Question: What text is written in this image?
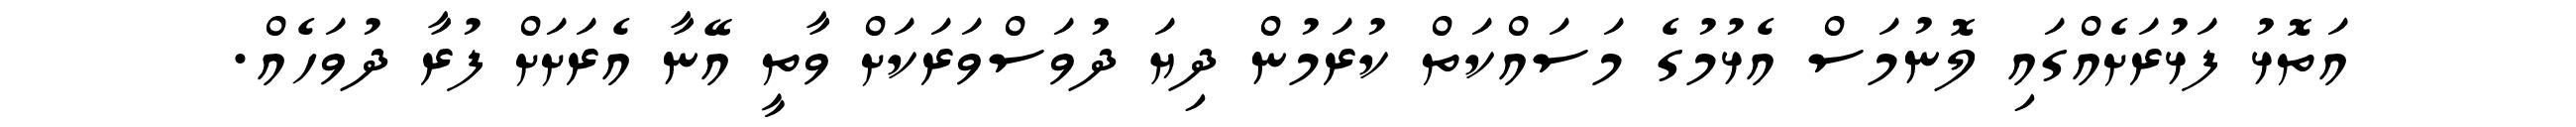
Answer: އަތޮޅު ފަޅުރަށެއްގައި ލޮނުމަސް އެޅުމުގެ މަސައްކަތް ކުރަމުން ދިޔަ ދުވަސްވަރަކަށް ވާތީ އޭނާ އެރަށަށް ފުރާ ދުވަހެއް.